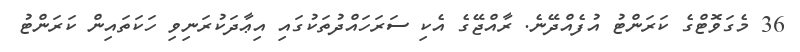
36 މެގަވޮޓްގެ ކަރަންޓު އުފެއްދޭނެ. ރާއްޖޭގެ އެކި ސަރަހައްދުތަކުގައި އިޢާދަކުރަނިވި ހަކަތައިން ކަރަންޓު